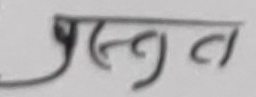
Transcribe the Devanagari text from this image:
प्रस्तुत